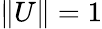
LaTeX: \| U\| =1